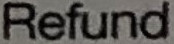
Refund